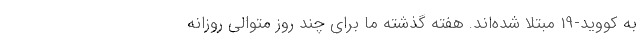
به کووید-19 مبتلا شده‌اند. هفته گذشته ما برای چند روز متوالی روزانه